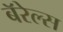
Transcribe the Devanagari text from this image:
बॅरेल्स